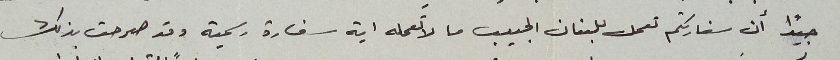
جيدًا أن سفارتكم تعمل للبنان الحبيب ما لا تعمله ايه سفارة رسمية وقد صرحت بذلك